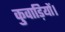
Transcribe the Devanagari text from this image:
कुवाड़ियों।